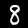
Digit: 8